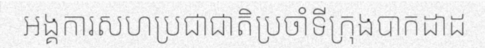
អង្គការសហប្រជាជាតិប្រចាំទីក្រុងបាកដាដ